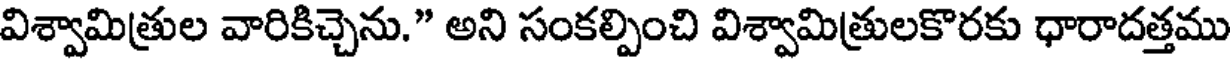
విశ్వామిత్రుల వారికిచ్చెను." అని సంకల్పించి విశ్వామిత్రులకొరకు ధారాదత్తము